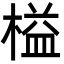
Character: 榏